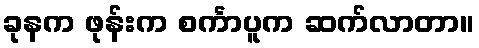
ခုနက ဖုန်းက စင်္ကာပူက ဆက်လာတာ။